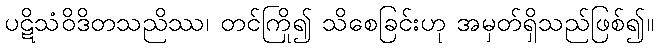
ပဋိသံဝိဒိတသညိဿ၊ တင်ကြို၍ သိစေခြင်းဟု အမှတ်ရှိသည်ဖြစ်၍။